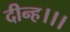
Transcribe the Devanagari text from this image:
दीन्‍ह।।।